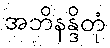
အဘိနန္ဒိတုံ